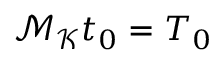
\mathcal { M } _ { \mathcal { K } } t _ { 0 } = T _ { 0 }